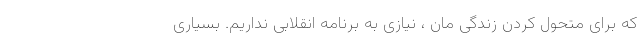
که برای متحول کردن زندگی مان ، نیازی به برنامه انقلابی نداریم. بسیاری